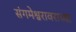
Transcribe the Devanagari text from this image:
संगमेश्वरावराच्या